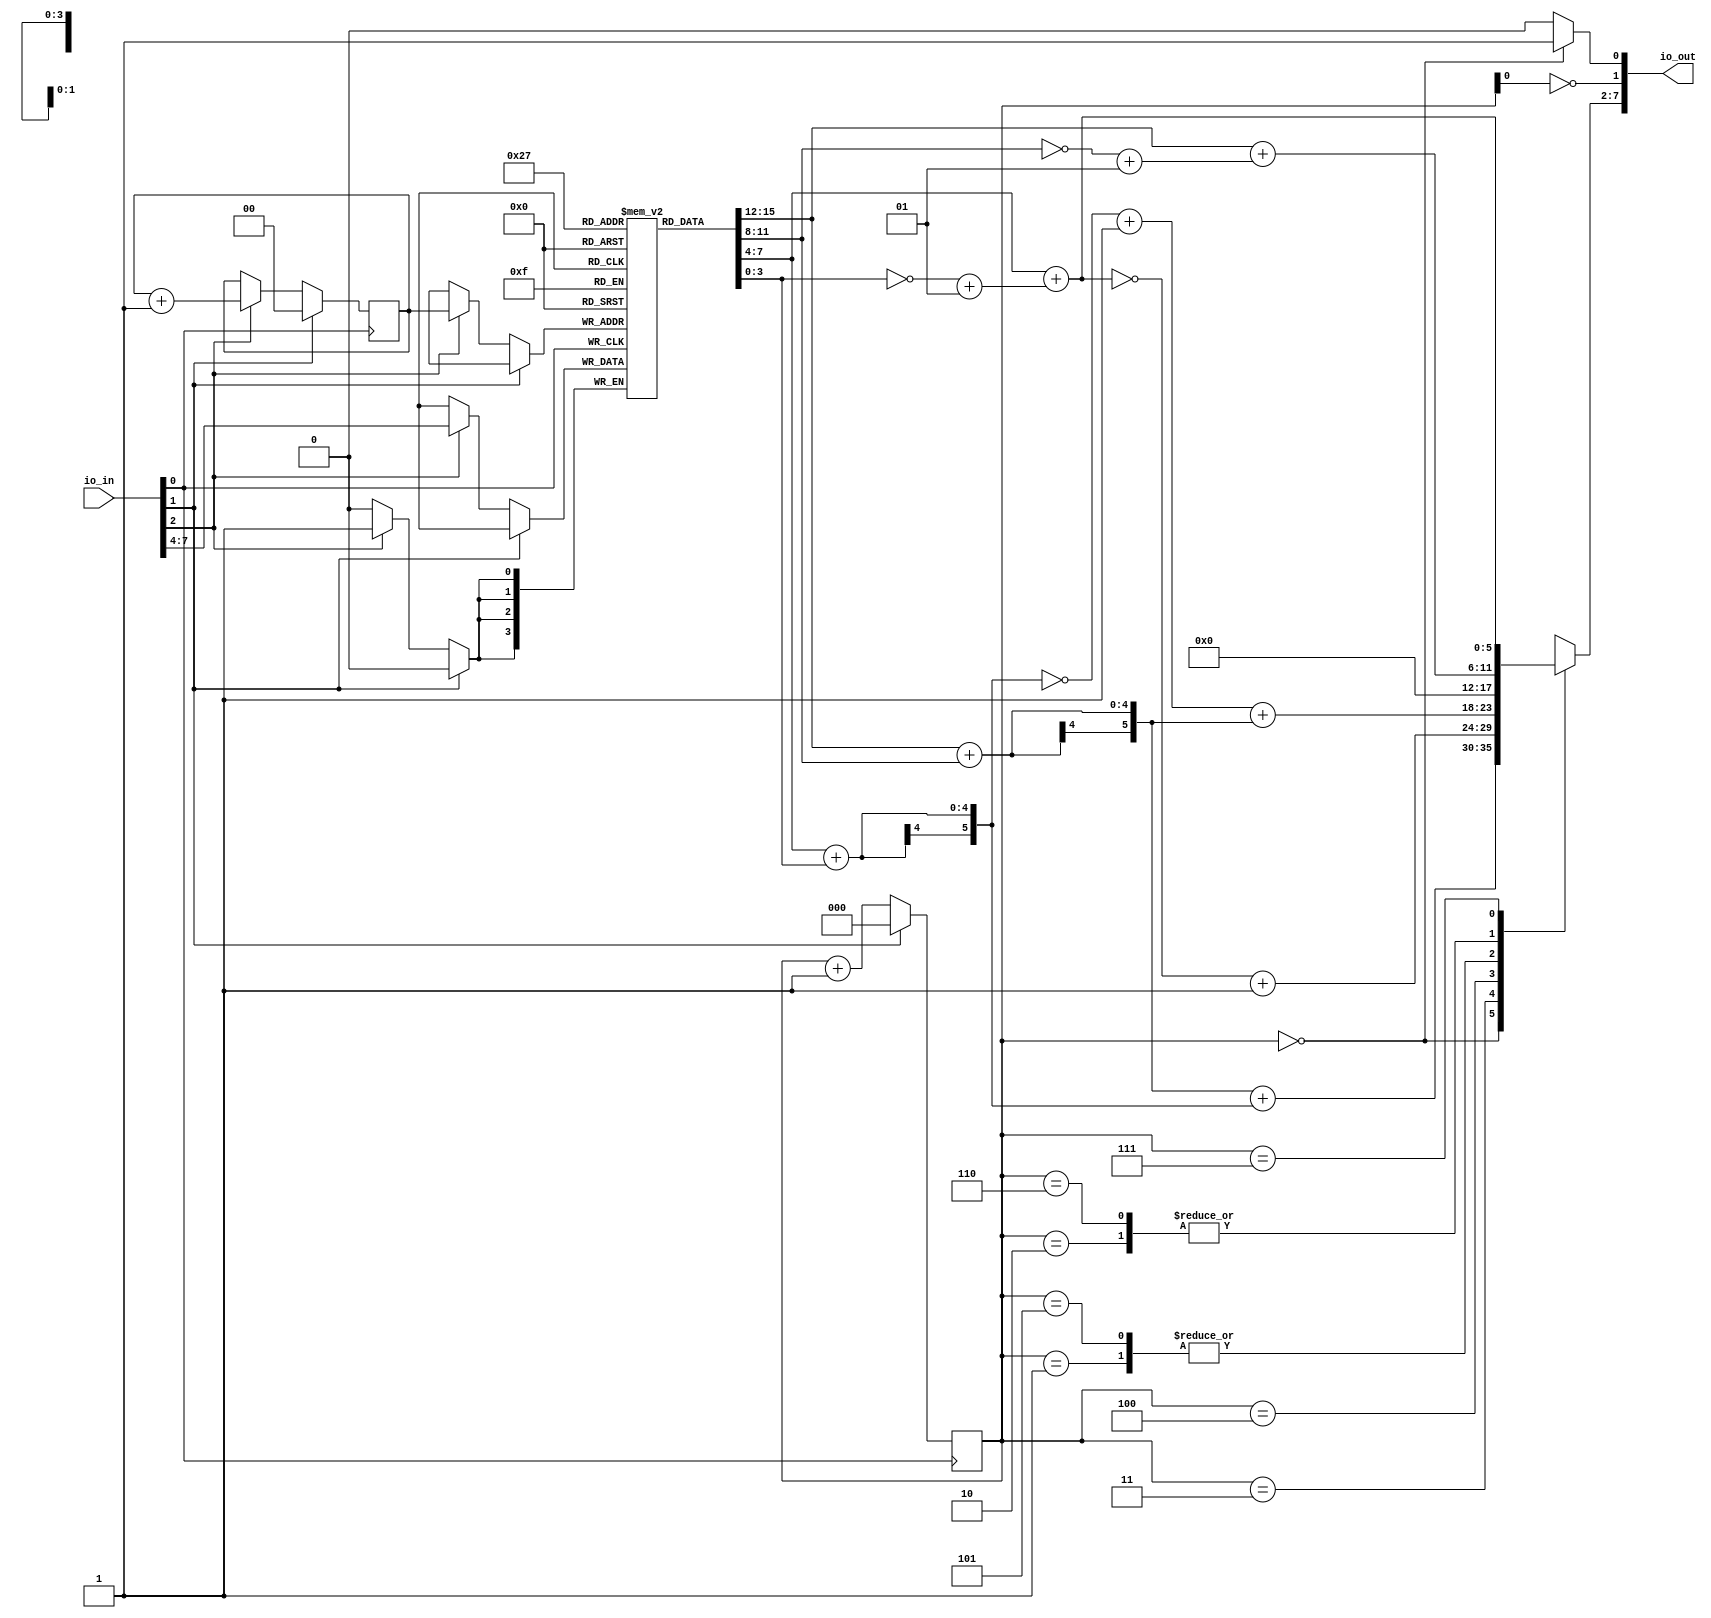
`default_nettype none

module tiny_fft (
  input [7:0] io_in,
  output [7:0] io_out
);

    wire clk = io_in[0];
    wire reset = io_in[1];
    wire wrEn = io_in[2];

    wire [3:0] data_in = io_in[7:4];

    reg [1:0] wrIdx;
    reg [2:0] rdIdx;

    reg signed [3:0] input_reg[0:3];

    assign io_out[0] = (rdIdx == 0) ? 1'b1 : 1'b0;
    // Signal high when output value is real
    assign io_out[1] = ~rdIdx[0];

    always @(posedge clk) begin
        if (reset) begin
            wrIdx <= 0;
        end else if(wrEn) begin
            input_reg[wrIdx] <= data_in;
            wrIdx <= wrIdx + 1;
        end
    end

    wire [5:0] stage0_0 = input_reg[0] + input_reg[2];
    wire [5:0] stage0_1 = input_reg[0] + ((~input_reg[2]) + 1);
    wire [5:0] stage0_2 = input_reg[1] + input_reg[3];
    wire [5:0] stage0_3 = input_reg[1] + ((~input_reg[3]) + 1);

    wire [5:0] stage1[0:7];

    // Freq bin 0 real + complex
    assign stage1[0] = stage0_0 + stage0_2;
    assign stage1[1] = 0;
    // Freq bin 1 real + complex
    assign stage1[2] = stage0_1;
    assign stage1[3] = ((~stage0_3) + 1);
    // Freq bin 2 real + complex
    assign stage1[4] = ((~stage0_2) + 1) + stage0_0;
    assign stage1[5] = 0;
    // Freq bin 3 real + complex
    assign stage1[6] = stage0_1;
    assign stage1[7] = stage0_3;

    assign io_out[7:2] = stage1[rdIdx];

    always @(posedge clk) begin
        if (reset) begin
            rdIdx <= 0;
        end else begin
            rdIdx <= rdIdx + 1;
        end
    end

endmodule